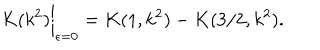
K ( k ^ { 2 } ) \bigg | _ { \epsilon = 0 } = K ( 1 , k ^ { 2 } ) - K ( 3 / 2 , k ^ { 2 } ) .